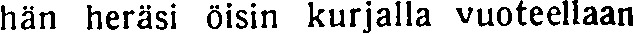
hän heräsi öisin kurjalla vuoteellaan